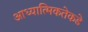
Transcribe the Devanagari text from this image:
आध्यात्मिकतेकडे